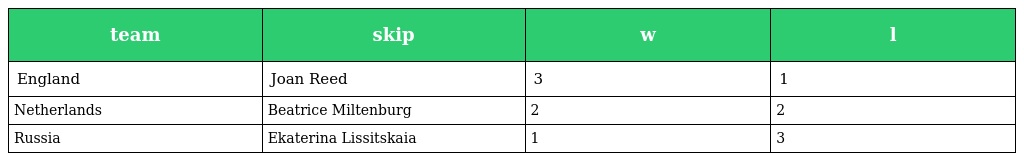
| team | skip | w | l |
 | --- | --- | --- | --- |
 | England | Joan Reed | 3 | 1 |
 | Netherlands | Beatrice Miltenburg | 2 | 2 |
 | Russia | Ekaterina Lissitskaia | 1 | 3 |